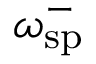
\omega _ { \mathrm { s p } } ^ { - }